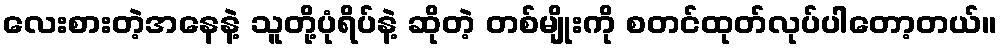
လေးစားတဲ့အနေနဲ့ သူတို့ပုံရိပ်နဲ့ ဆိုတဲ့ တစ်မျိုးကို စတင်ထုတ်လုပ်ပါတော့တယ်။